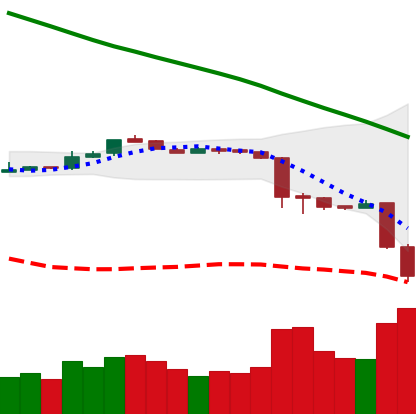
Ticker: ETH-USD
Chart end date: 2018-11-20
Forward return: -10.656%
Label: down_7plus